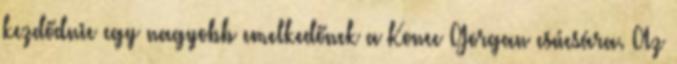
kezdődnie egy nagyobb emelkedőnek a Konec Gorgan csúcsára. Az